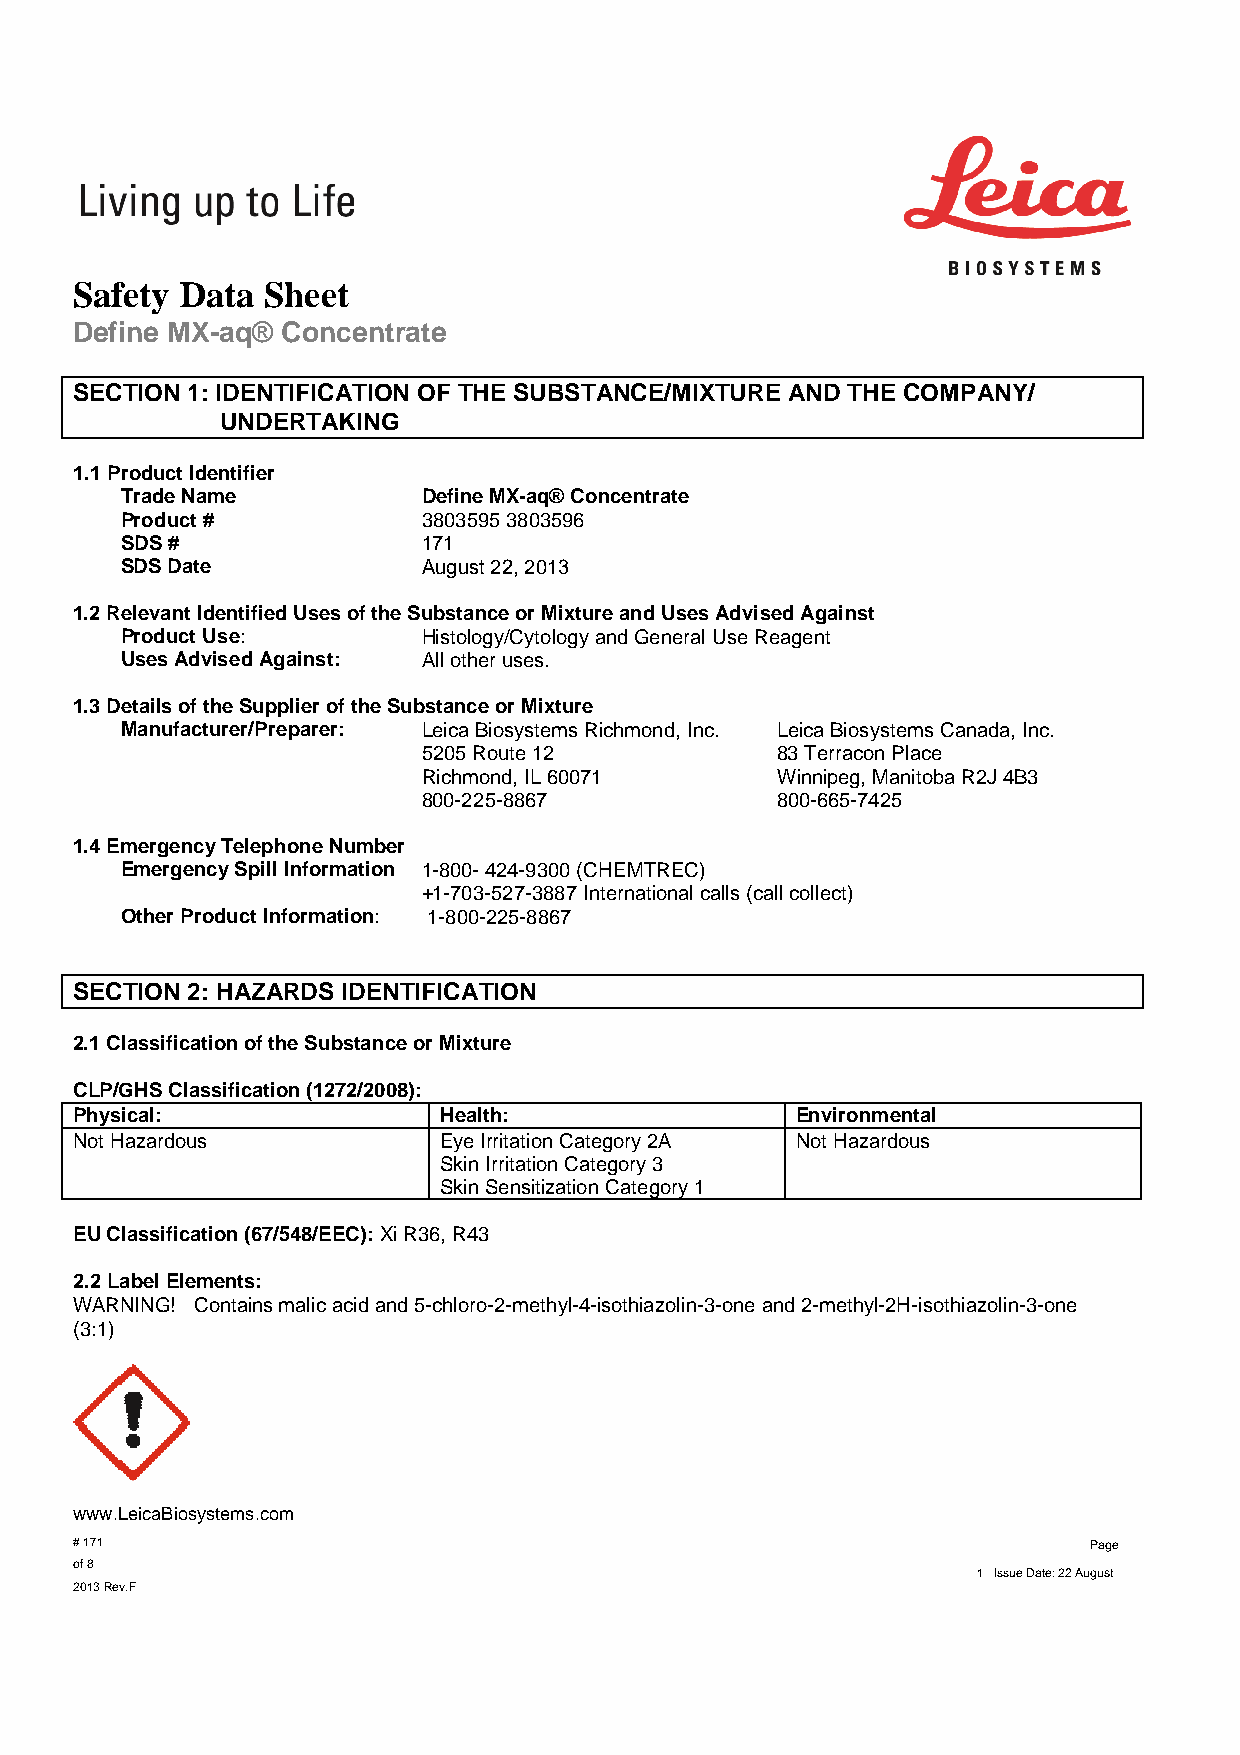
Safety Data Sheet
 Define MX-aq® Concentrate
 SECTION 1: IDENTIFICATION OF THE SUBSTANCE/MIXTURE AND THE COMPANY/
 UNDERTAKING
 1.1 Product Identifier
 Trade Name          Define MX-aq® Concentrate
 Product #           3803595 3803596
 SDS #               171
 SDS Date            August 22, 2013
 1.2 Relevant Identified Uses of the Substance or Mixture and Uses Advised Against
 Product Use:        Histology/Cytology and General Use Reagent
 Uses Advised Against: All other uses.
 1.3 Details of the Supplier of the Substance or Mixture
 Manufacturer/Preparer: Leica Biosystems Richmond, Inc. Leica Biosystems Canada, Inc.
 5205 Route 12          83 Terracon Place
 Richmond, IL 60071     Winnipeg, Manitoba R2J 4B3
 800-225-8867           800-665-7425
 1.4 Emergency Telephone Number
 Emergency Spill Information 1-800- 424-9300 (CHEMTREC)
 +1-703-527-3887 International calls (call collect)
 Other Product Information: 1-800-225-8867
 SECTION 2: HAZARDS IDENTIFICATION
 2.1 Classification of the Substance or Mixture
 CLP/GHS Classification (1272/2008):
 Physical:               Health:                 Environmental
 Not Hazardous           Eye Irritation Category 2A Not Hazardous
 Skin Irritation Category 3
 Skin Sensitization Category 1
 EU Classification (67/548/EEC): Xi R36, R43
 2.2 Label Elements:
 WARNING! Contains malic acid and 5-chloro-2-methyl-4-isothiazolin-3-one and 2-methyl-2H-isothiazolin-3-one
 (3:1)
 www.LeicaBiosystems.com
 # 171                                                              Page
 of 8
 1 Issue Date: 22 August
 2013 Rev.F